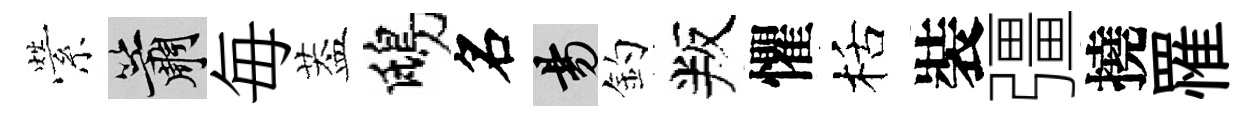
縈簫毎葢鴟名昜釣叛懼栝裝彊撓罹